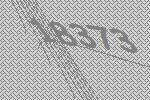
18373